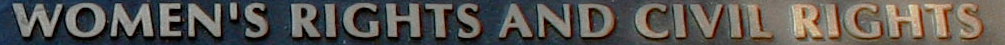
WOMEN'S RIGHTS AND CIVIL RIGHTS